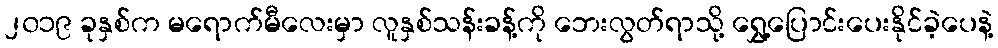
၂၀၁၉ ခုနှစ်က မရောက်မီလေးမှာ လူနှစ်သန်းခန့်ကို ဘေးလွတ်ရာသို့ ရွှေ့ပြောင်းပေးနိုင်ခဲ့ပေနဲ့